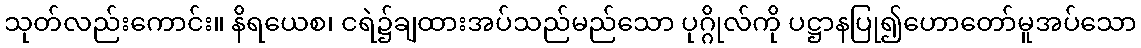
သုတ်လည်းကောင်း။ နိရယေစ၊ ငရဲ၌ချထားအပ်သည်မည်သော ပုဂ္ဂိုလ်ကို ပဋ္ဌာနပြု၍ဟောတော်မူအပ်သော